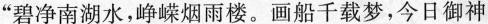
”碧净南湖水，峥嵘烟雨楼。画船千载梦，今日御神